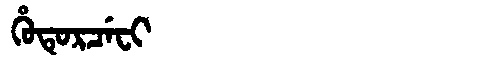
Manchu: ᡥᡠᡨᡠᡵᠴᡝᠸᡳ
Romanization: HUTURCEFI